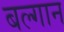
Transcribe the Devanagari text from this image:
बल्गान